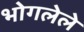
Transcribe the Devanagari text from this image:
भोगलेले